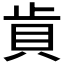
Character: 𰶵